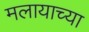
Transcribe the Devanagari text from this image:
मलायाच्या